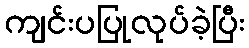
ကျင်းပပြုလုပ်ခဲ့ပြီး